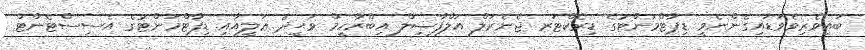
ބައިވެރިވެވަޑައިގެންނެވީ ޑިޕާޓްމަންޓުގެ ޑިރެކްޓަރ ޖެނެރަލް އަލްފާޟިލް އިބްރާހީމް ވަޙީދު ޢަލީއާއި ޑިޕާޓްމަންޓުގެ އެސިސްޓެންޓް